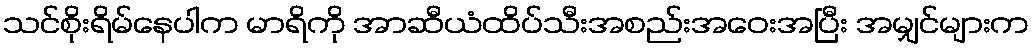
သင်စိုးရိမ်နေပါက မာရိကို အာဆီယံထိပ်သီးအစည်းအဝေးအပြီး အမျှင်များက